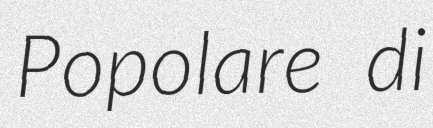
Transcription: Popolare di